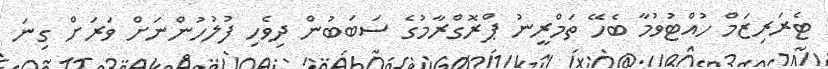
ޓެރަރިޒަމް ހުއްޓުވުމާ ބެހޭ ތަމްރީނު ޕްރޮގްރާމުގެ ސަބަބުން ދިވެހި ފުލުހުންނަށް ވަރަށް ގިނަ